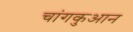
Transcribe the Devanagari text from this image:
चांगकुआन